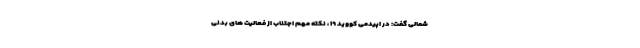
شمالی گفت: در اپیدمی کووید ۱۹ ، نکته مهم اجتناب از فعالیت های بدنی